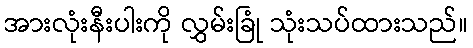
အားလုံးနီးပါးကို လွှမ်းခြုံ သုံးသပ်ထားသည်။